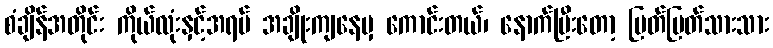
စံချိန်အတိုင်း ကိုယ်လုံးနှင့်အရပ် အချိုးကျနေမှ ကောင်းတယ်၊ နောက်ပြီးတော့ ပြတ်ပြတ်သားသား